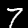
Label: 7